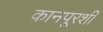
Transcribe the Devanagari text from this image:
कानपूरशी